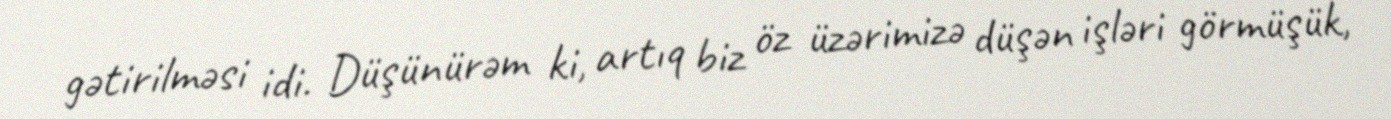
gətirilməsi idi. Düşünürəm ki, artıq biz öz üzərimizə düşən işləri görmüşük,